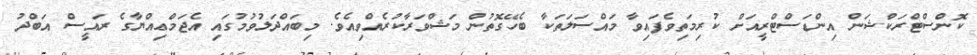
ކޮންސްޓްރަކްޝަން އިންޑަސްޓްރީއަށް ކުރިމަތިވެފައިވާ މައްސަލަތަކާ ބެހޭގޮތުން މަޝްވަރާކުރެއްވިއެވެ. މިބައްދަލުވުމުގައި އެޖަމްޢިއްޔާގެ ރައީސް އަބްދު